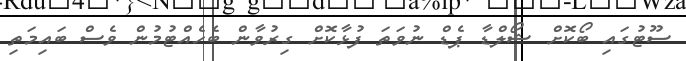
ސޫޓުގައި ބޯކޮށް ޝޯލްޑާ ޕެޑް ނުވަތަ ފުޅާކޮށް ގިރުވާން ބެހެއްޓުމުން ވެސް ބައިމަތި